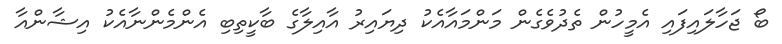
ބޯ ޖަހާލައިފައި އެމީހުން ތެދުވެގެން މަންމައާއެކު ދިޔައިރު އާއިލާގެ ބާކީތިބި އެންމެންނާއެކު އިޝާންއާ